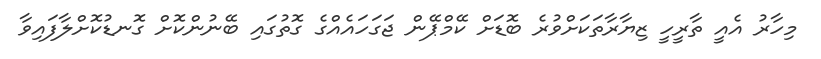
މިހާރު އެއީ ތާރީހީ ޒިޔާރާތަކަށްވުރެ ބޮޑަށް ކޭމްޕޭން ޖަގަހައެއްގެ ގޮތުގައި ބޭނުންކޮށް ގޮނޑުކޮށްލާފައިވާ